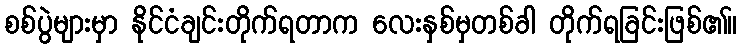
စစ်ပွဲများမှာ နိုင်ငံချင်းတိုက်ရတာက လေးနှစ်မှတစ်ခါ တိုက်ရခြင်းဖြစ်၏။